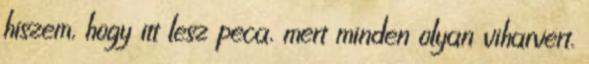
hiszem, hogy itt lesz peca, mert minden olyan viharvert.